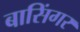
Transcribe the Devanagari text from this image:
बासिंगर